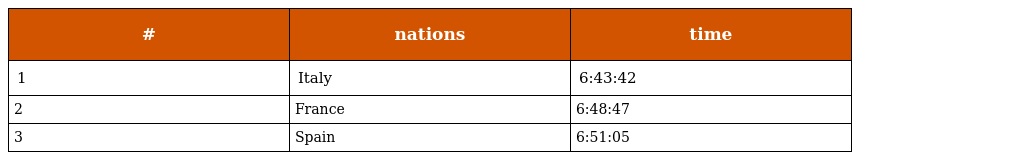
| # | nations | time |
 | --- | --- | --- |
 | 1 | Italy | 6:43:42 |
 | 2 | France | 6:48:47 |
 | 3 | Spain | 6:51:05 |